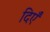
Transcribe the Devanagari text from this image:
दिएँ